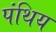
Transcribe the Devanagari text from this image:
पंथिय